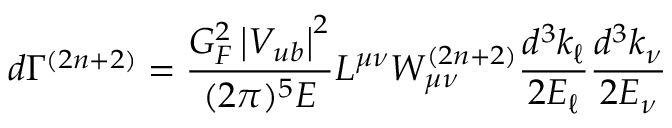
d \Gamma ^ { ( 2 n + 2 ) } = \frac { G _ { F } ^ { 2 } \left| V _ { u b } \right| ^ { 2 } } { ( 2 \pi ) ^ { 5 } E } L ^ { \mu \nu } W _ { \mu \nu } ^ { ( 2 n + 2 ) } \frac { d ^ { 3 } k _ { \ell } } { 2 E _ { \ell } } \frac { d ^ { 3 } k _ { \nu } } { 2 E _ { \nu } }